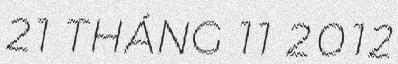
21 THÁNG 11 2012